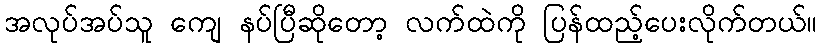
အလုပ်အပ်သူ ကျေ နပ်ပြီဆိုတော့ လက်ထဲကို ပြန်ထည့်ပေးလိုက်တယ်။